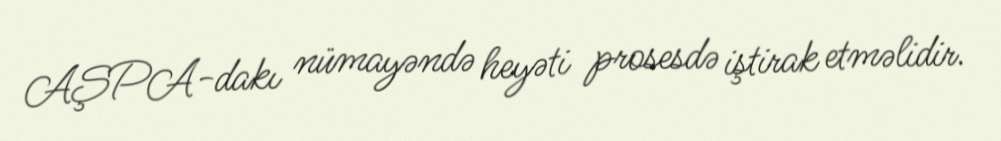
AŞPA-dakı nümayəndə heyəti prosesdə iştirak etməlidir.